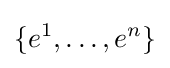
\{e^{1},\dots ,e^{n}\}